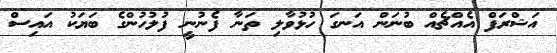
އަޝްރަފް އެއްޗެއް ބުނަން އަނގަ ހުޅުވާލި ތަނާ ފެނުނީ ފުލުހުންގެ ބަޔަކު އައިސް